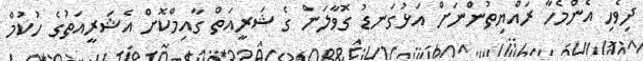
ދިވެހި އެންމެހާ ރައްޔިތުންނަށް އަޅުގަނޑު ގޮވާލަން ގެ ޝަރީއަތް ގާއިމްކޮށް އެޝަރީއަތުގެ ހުކުމް